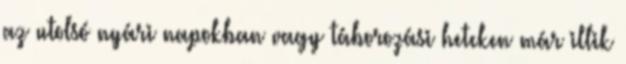
az utolsó nyári napokban vagy táborozási heteken már illik